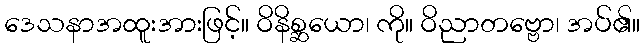
ဒေသနာအထူးအားဖြင့်။ ဝိနိစ္ဆယော၊ ကို။ ဝိညာတဗ္ဗော၊ အပ်၏။